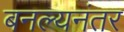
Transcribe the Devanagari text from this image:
बनल्यनंतर